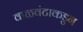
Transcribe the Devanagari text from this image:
वाळवंटाकडुन